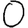
Digit: 0